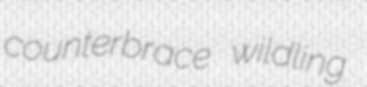
counterbrace wildling